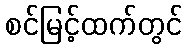
စင်မြင့်ထက်တွင်